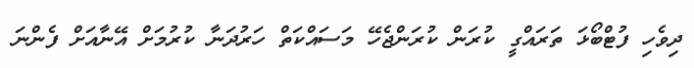
ދިވެހި ފުޓްބޯޅަ ތަރައްގީ ކުރަން ކުރަންޖެހޭ މަސައްކަތް ހަރުދަނާ ކުރުމަށް އޭނާއަށް ފެންނަ